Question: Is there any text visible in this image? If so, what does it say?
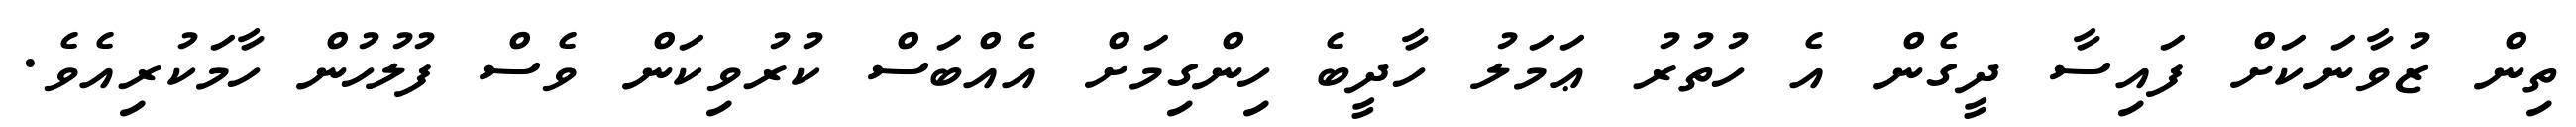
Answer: ތިން ޒުވާނަކަށް ފައިސާ ދީގެން އެ ހުތުރު ޢަމަލު ހާދީބެ ހިންގިމަށް އެއްބަސް ކުރުވިކަން ވެސް ފުލުހުން ހާމަކުރިއެވެ.